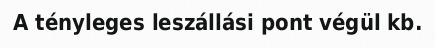
A tényleges leszállási pont végül kb.